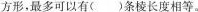
方形，最多可以有( )条棱长度相等。